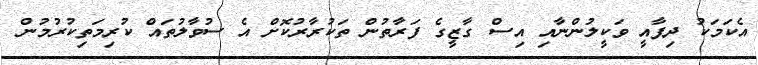
އެކަމަކު ދިފާއީ ވަކީލުންނާއި އިސް ގާޒީގެ ފަރާތުން ތަކުރާރުކޮށް އެ ސުވާލުތައް ކުރިމަތިކުރުމުން